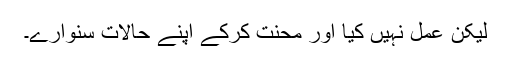
لیکن عمل نہیں کیا اور محنت کرکے اپنے حالات سنوارے۔